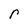
Character: r